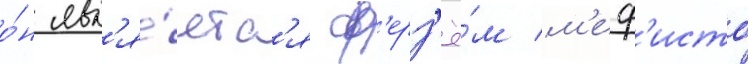
о́н явл'я́етс'я ф'ерз'ё́м м'еф'исто